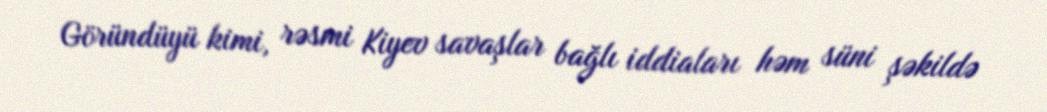
Göründüyü kimi, rəsmi Kiyev savaşlar bağlı iddiaları həm süni şəkildə